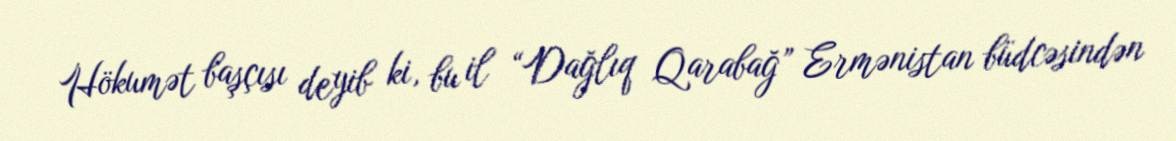
Hökumət başçısı deyib ki, bu il “Dağlıq Qarabağ” Ermənistan büdcəsindən